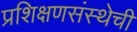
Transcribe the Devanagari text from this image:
प्रशिक्षणसंस्थेची